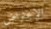
الإعتراض